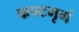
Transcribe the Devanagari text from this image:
कपटमृगं